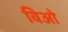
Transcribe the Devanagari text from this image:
विओ